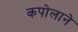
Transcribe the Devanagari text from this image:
कपोलाने